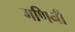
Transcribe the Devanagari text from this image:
गणिनी